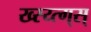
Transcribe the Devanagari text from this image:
ख्स्य्त्ग्स्